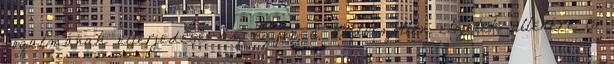
fogalmának elterjedése: az egyén a kedvezőtlen előjelek ellenére is